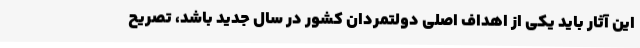
این آثار باید یکی از اهداف اصلی دولتمردان کشور در سال جدید باشد، تصریح